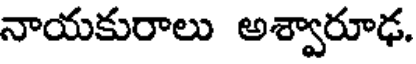
నాయకురాలు అశ్వారూఢ.